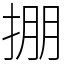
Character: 掤